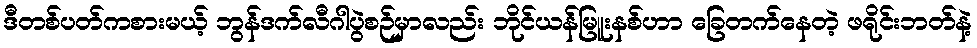
ဒီတစ်ပတ်ကစားမယ့် ဘွန်ဒက်လီဂါပွဲစဉ်မှာလည်း ဘိုင်ယန်မြူးနစ်ဟာ ခြေတက်နေတဲ့ ဖရိုင်းဘတ်နဲ့